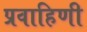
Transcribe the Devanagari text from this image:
प्रवाहिणी